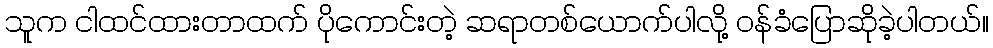
သူက ငါထင်ထားတာထက် ပိုကောင်းတဲ့ ဆရာတစ်ယောက်ပါလို့ ဝန်ခံပြောဆိုခဲ့ပါတယ်။